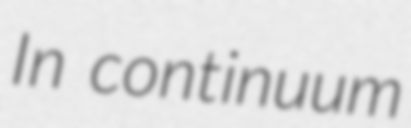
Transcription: In continuum